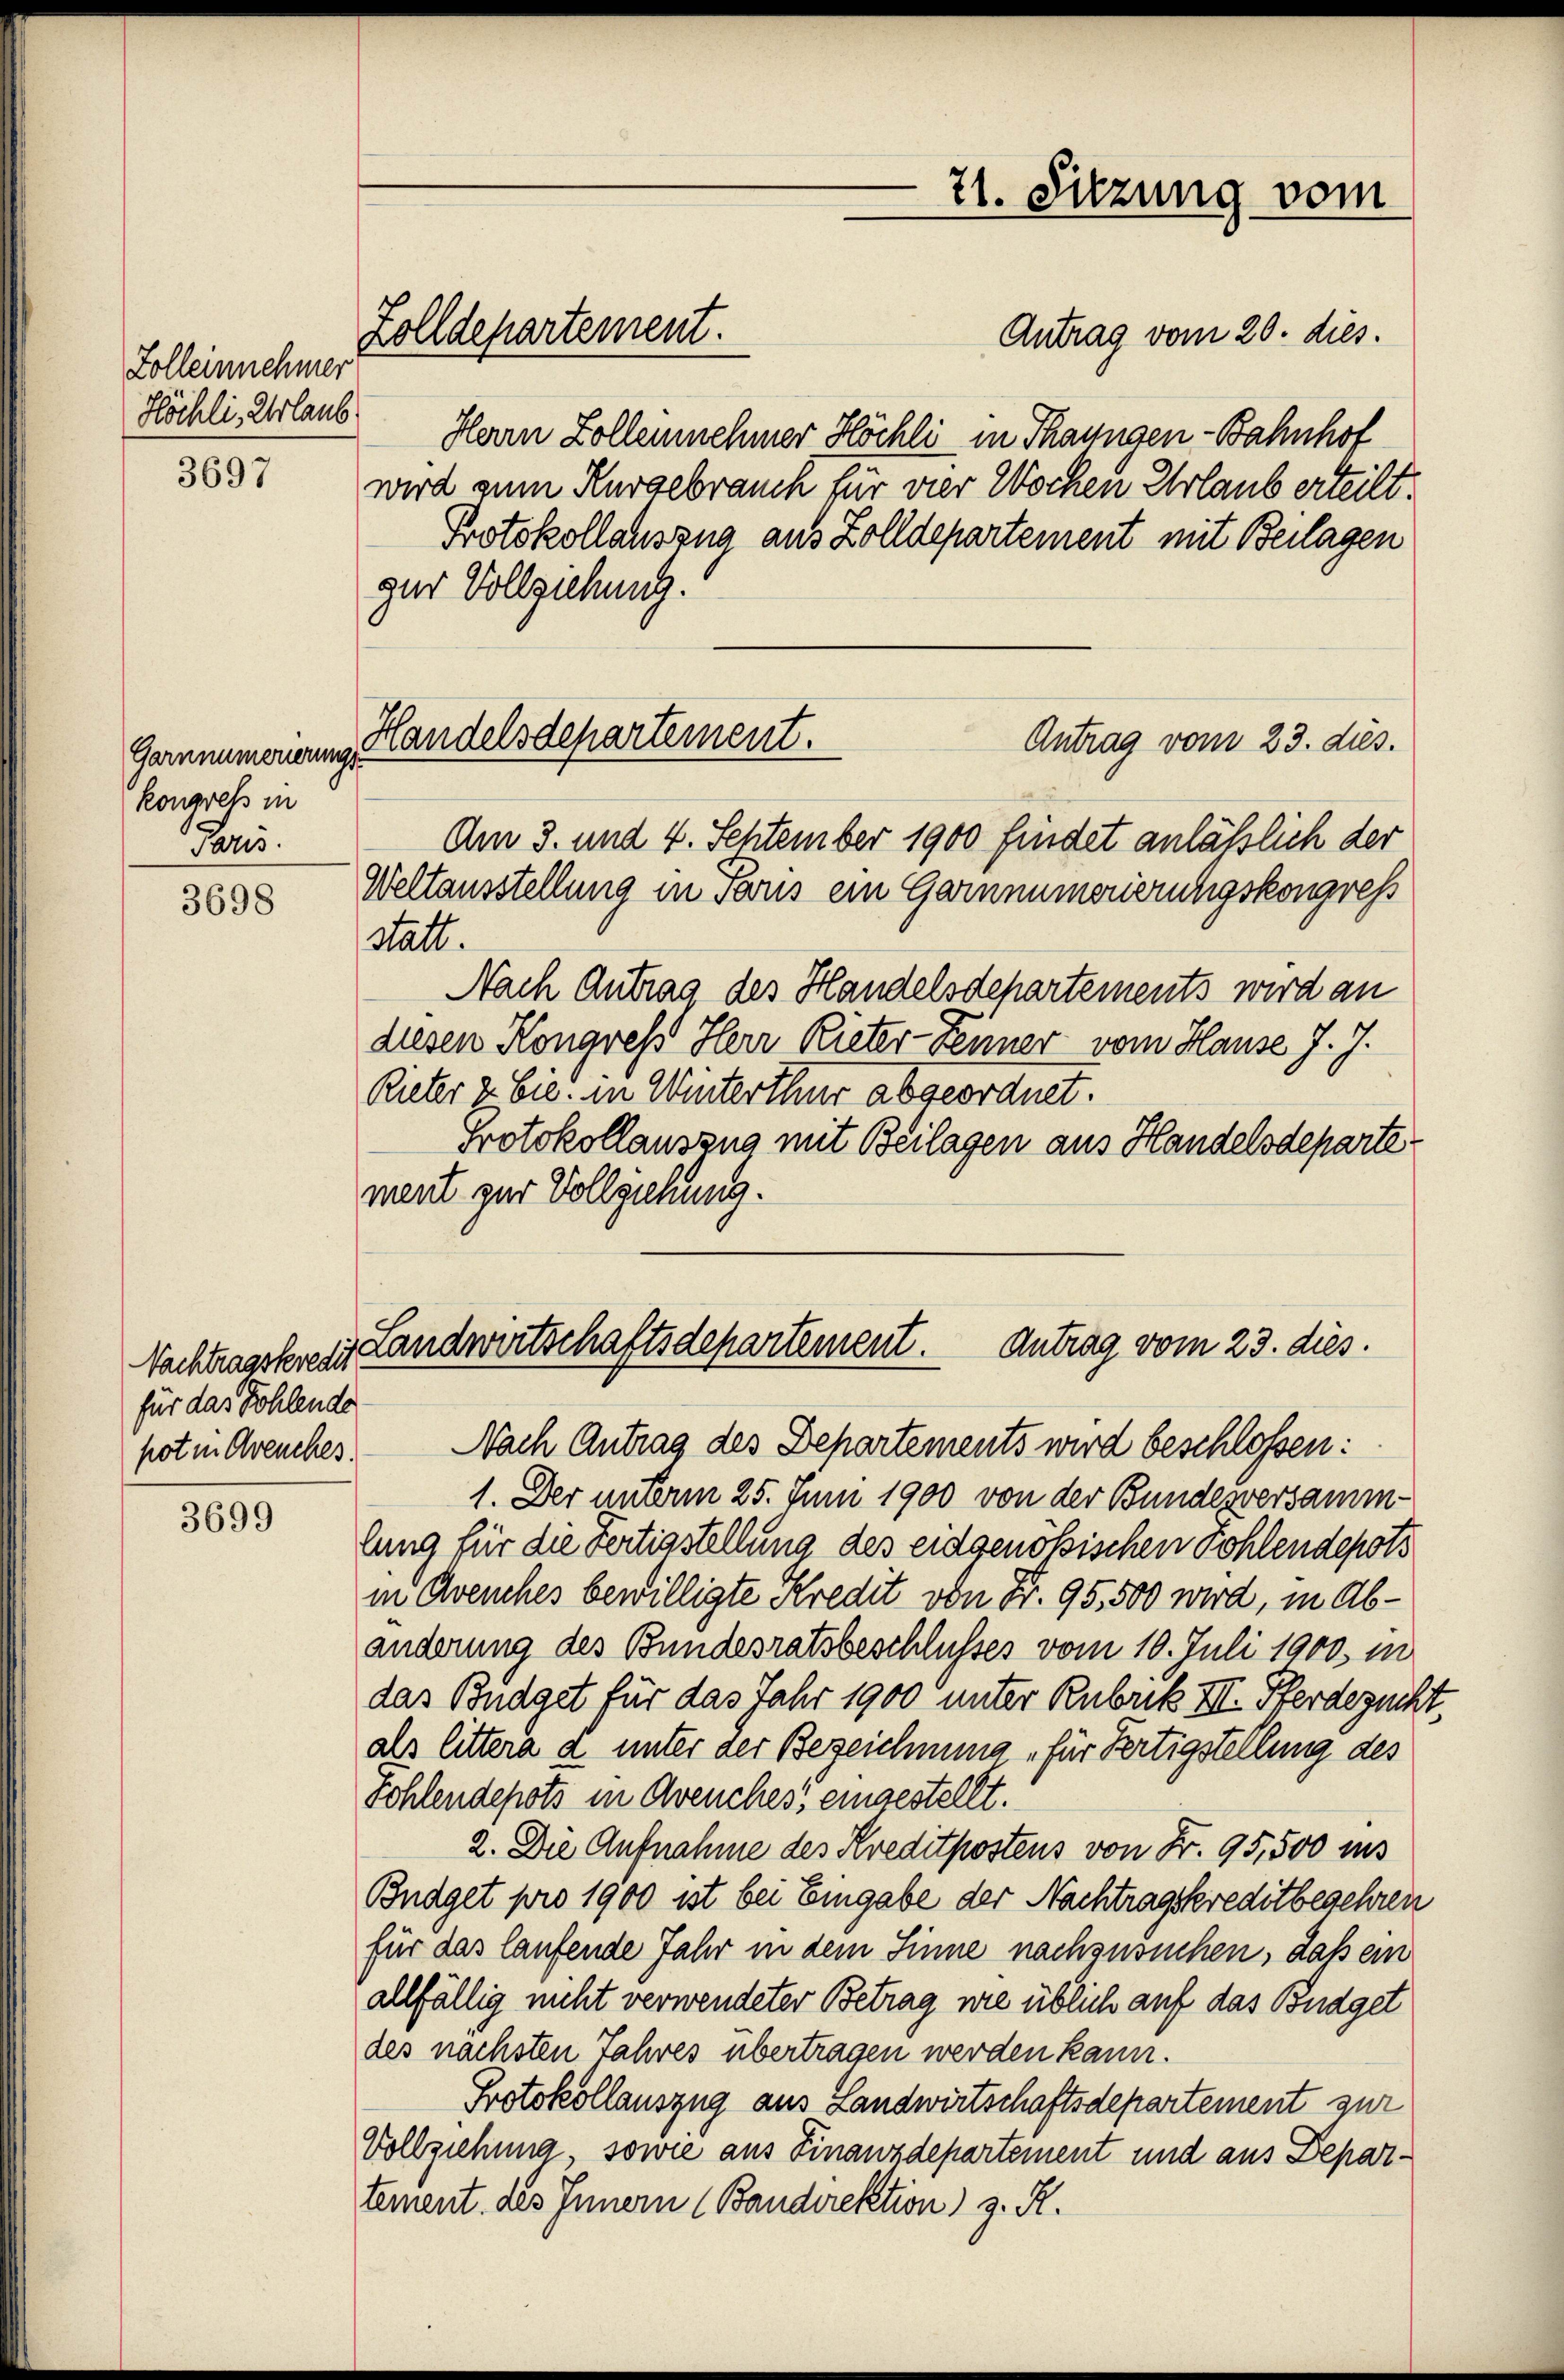
Zolleinnehmer
Höchli, Urlaub

3697

Garnnumerierungs
kongress in
Paris.

3698

Nachtragskredit
für das Sohlende
pot in Greuches.

3699

Zolldepartement.

Antrag vom 20. dies
Herrn Zollennehmer Höchli in Thayngen - Bahnhof
wird zum Kurgebrauch für vier Wochen Urlaub erteilt.
Protokollauszug aus Zolldepartement mit Beilagen
zur Vollziehung.
Antrag vom 23. dies
Am 3. und 4. Sehtember 1900 findet anläßlich der
Weltausstellung in Paris ein Gammmorierungskongress
stalt.
Nach Antrag des Handelsdepartements wird an
diesen Kongress Herr Rieter-Keimer vom Hause J. J.
Rieter & Cie. in Winterthur abgeordnet.
Protokollauszug mit Beilagen aus Handelsdeparte
ment zur Vollziehung.

Handelsdepartement.

21. Sitzung vom

Landwirtschaftsdepartement. Antrag vom 23. dies.

Nach Antrag des Departements wird beschlossen:
1. Der unterm 25. Juni 1900 von der Bundesversammlung für die Fertigstellung des eidgenößischen Kohlendepots
in Avenches bewilligte Kredit von Fr. 95,500 wird, in Abänderung des Bundesratsbeschlusses vom 10. Juli 1900 in
das Budget für das Jahr 1900 unter Rubrik III. Pferdezucht
als littera d unter der Bezeichnung für Fertigstellung des
Sohlendepots in Avenches eingestellt.
2. Die Aufnahme des Kreditpostens von Fr. 95,500 ins
Budget pro 1900 ist bei Eingabe der Nachtragskreditbegehren
für das laufende Jahr in dem Sinne nachzusuchen, daß ein
allfällig nicht verwendeter Betrag wie üblich auf das Budget
des nächsten Jahres übertragen werden kann.
Protokollauszug aus Landwirtschaftsdepartement zur
Vollziehung, sowie aus Finanzdepartement und aus Departement des Innern (Bandirektion z. R.